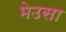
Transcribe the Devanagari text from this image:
भेउसा